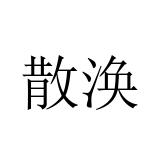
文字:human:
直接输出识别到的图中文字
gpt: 散涣